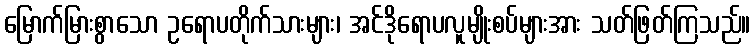
မြောက်မြားစွာသော ဥရောပတိုက်သားများ၊ အင်ဒိုရောပလူမျိုးစပ်များအား သတ်ဖြတ်ကြသည်။